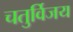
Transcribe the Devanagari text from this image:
चतुर्विजय